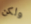
ولكن